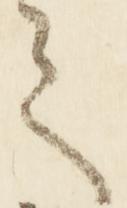
之